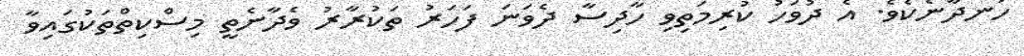
ހަނދާނެކެވެ. އެ ދުވަހު ކުރިމަތިވި ހާދިސާ ދެވަނަ ފަހަރު ތަކުރާރު ވެދާނެތީ މިސްކިތްތަކުގައިވާ